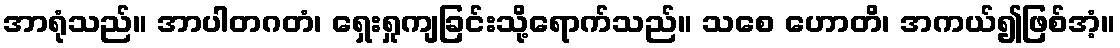
အာရုံသည်။ အာပါတဂတံ၊ ရှေးရှုကျခြင်းသို့ရောက်သည်။ သစေ ဟောတိ၊ အကယ်၍ဖြစ်အံ့။